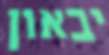
יבאון